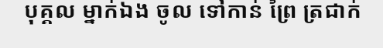
បុគ្គល ម្នាក់ឯង ចូល ទៅកាន់ ព្រៃ ត្រជាក់